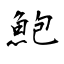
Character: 鮑